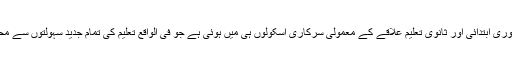
اس کی پوری ابتدائی اور ثانوی تعلیم علاقے کے معمولی سرکاری اسکولوں ہی میں ہوئی ہے جو فی الواقع تعلیم کی تمام جدید سہولتوں سے محروم ہیں۔